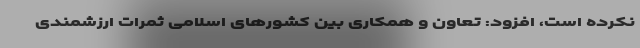
نکرده است، افزود: تعاون و همکاری بین کشورهای اسلامی ثمرات ارزشمندی